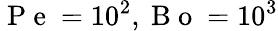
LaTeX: \mathrm{~P~e~}=10^{2},\mathrm{~B~o~}=10^{3}